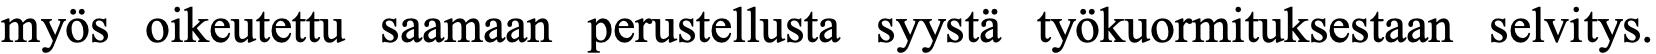
myös oikeutettu saamaan perustellusta syystä työkuormituksestaan selvitys.